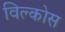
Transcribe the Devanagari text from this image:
विल्कोस